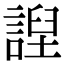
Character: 䛼